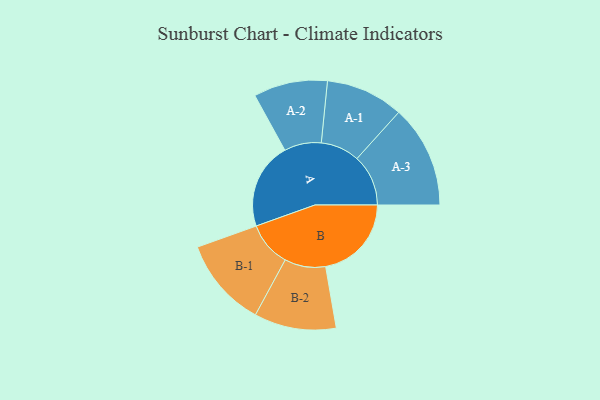
{"axis": {"x": "Segment", "y": "Value"}, "legend": ["", "A", "B"], "data": [{"x": "A", "y": 454, "type": ""}, {"x": "B", "y": 450, "type": ""}, {"x": "A-1", "y": 204, "type": "A"}, {"x": "A-2", "y": 194, "type": "A"}, {"x": "A-3", "y": 269, "type": "A"}, {"x": "B-1", "y": 235, "type": "B"}, {"x": "B-2", "y": 215, "type": "B"}]}